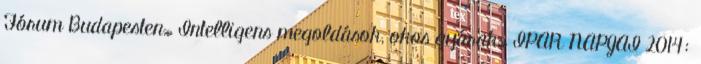
Fórum Budapesten» Intelligens megoldások, okos gyárak» IPAR NAPJAI 2014: